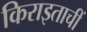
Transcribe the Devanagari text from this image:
किराइताचीं